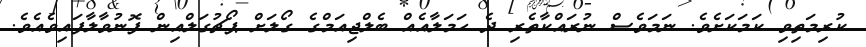
ކުރިމަތިވި ކަމަކަށެވެ. ނަމަވެސް ނުރައްކާތެރި ދެ ހަމަލާއެއް ބެލްޖިއަމްގެ ގޯލަށް ޕޯޗުގަލްއިން ފޮނުވާލާފައިވެއެވެ.